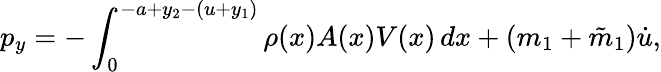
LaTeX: p_{y}=-\int_{0}^{-a+y_{2}-(u+y_{1})}\rho(x)A(x)V(x)\, dx+(m_{1}+\tilde{m}_{1})\dot{u},